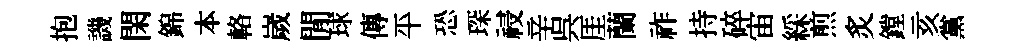
抱譏閑錦本輅嵗閒球傳平恐琛祲辛呉厓蘭祚持碎宙綵煎炙鏜亥黨